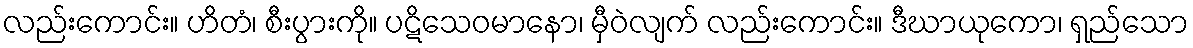
လည်းကောင်း။ ဟိတံ၊ စီးပွားကို။ ပဋိသေဝမာနော၊ မှီဝဲလျက် လည်းကောင်း။ ဒီဃာယုကော၊ ရှည်သော